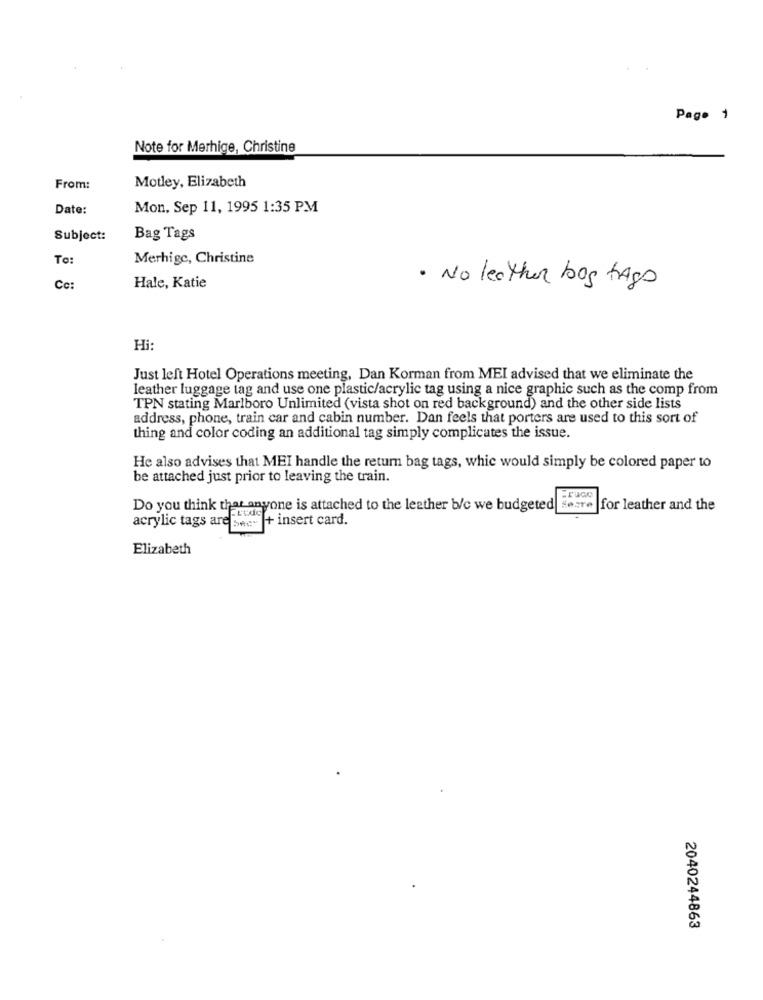
Page 1
Note for Merhige, Christine
Motley, Elizabeth
From:
Date:
Mon, Sep 11, 1995 1:35 PM
Subject:
Bag Tags
To:
Merhige, Christine
Cc:
Hale, Katie
· No leather bog tags
Hi
Just left Hotel Operations meeting, Dan Korman from MEI advised that we eliminate the
leather luggage tag and use one plastic/acrylic tag using a nice graphic such as the comp from
TPN stating Marlboro Unlimited (vista shot on red background) and the other side lists
address, phone, train car and cabin number. Dan feels that porters are used to this sort of
thing and color coding an additional tag simply complicates the issue.
He also advises that MEI handle the return bag tags, whic would simply be colored paper to
be attached just prior to leaving the train.
Do you think that anyone is attached to the leather b/c we budgeted secre
for leather and the
+ insert card.
Elizabeth
2040244863